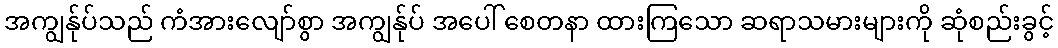
အကျွန်ုပ်သည် ကံအားလျော်စွာ အကျွန်ုပ် အပေါ် စေတနာ ထားကြသော ဆရာသမားများကို ဆုံစည်းခွင့်